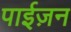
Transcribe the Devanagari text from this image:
पाईज़न